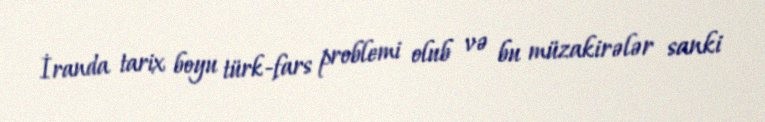
İranda tarix boyu türk-fars problemi olub və bu müzakirələr sanki